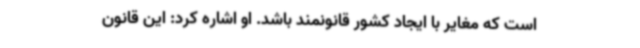
است که مغایر با ایجاد کشور قانونمند باشد. او اشاره کرد: این قانون